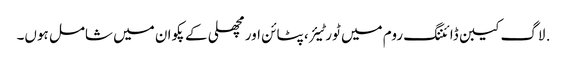
. لاگ کیبن ڈائننگ روم میں ٹورٹیئر ، پٹائن اور مچھلی کے پکوان میں شامل ہوں۔